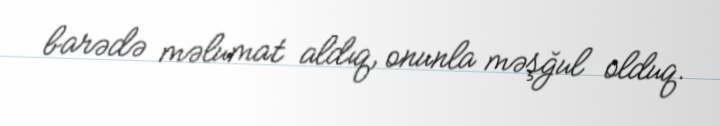
barədə məlumat aldıq, onunla məşğul olduq.